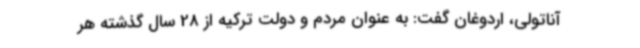
آناتولی، اردوغان گفت: به عنوان مردم و دولت ترکیه از 28 سال گذشته هر